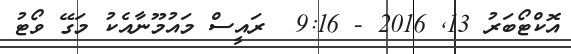
އޮކްޓޯބަރު 13